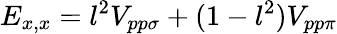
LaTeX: E_{x,x}=l^{2}V_{pp\sigma}+(1-l^{2})V_{pp\pi}